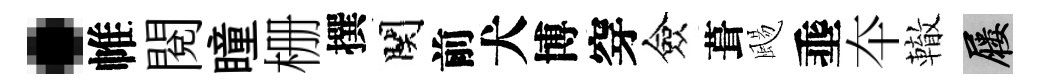
·帷閲瞳栅撰関前犬博穿僉葺颺埀夲轍屨